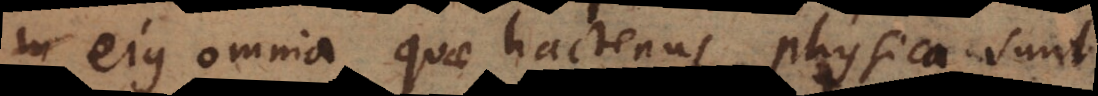
ejus omnia quae hactenus physica sunt